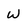
Character: W